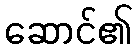
ဆောင်၏